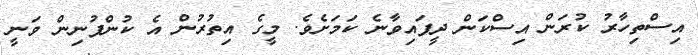
އިސްތިހާރު ކުރަން އިސްކަން ދީފައިވާނެ ކަމަށެވެ. މީގެ އިތުރުން އެ ކުންފުނިން ވަނީ